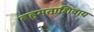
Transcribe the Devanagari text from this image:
बहुमताशिवाय